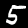
Label: 5